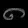
Digit: ၈